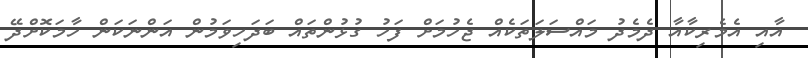
އާއި އެމެރިކާއާ ދެމެދު މައްސަލަތަކެއް ޖެހުމަށް ފަހު ގުޅުންތައް ބަދަހިވަމުން އަންނަކަން ހާމަކޮށްދޭ